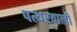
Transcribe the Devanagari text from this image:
पत्थरवाली